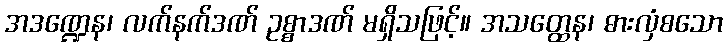
အဒဏ္ဍေန၊ လက်နက်ဒဏ် ဥစ္စာဒဏ် မရှိသဖြင့်။ အသတ္ထေန၊ ဓားလှံစသော